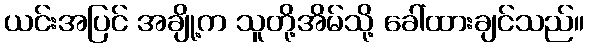
ယင်းအပြင် အချို့က သူတို့အိမ်သို့ ခေါ်ထားချင်သည်။